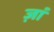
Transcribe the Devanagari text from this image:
ज़ां